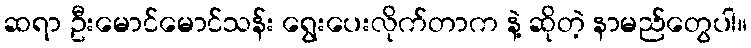
ဆရာ ဦးမောင်မောင်သန်း ရွေးပေးလိုက်တာက နဲ့ ဆိုတဲ့ နာမည်တွေပါ။